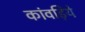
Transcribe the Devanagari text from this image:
कांवड़िये